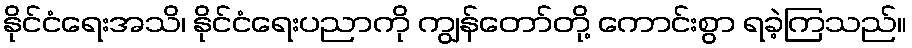
နိုင်ငံရေးအသိ၊ နိုင်ငံရေးပညာကို ကျွန်တော်တို့ ကောင်းစွာ ရခဲ့ကြသည်။